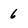
Character: 6